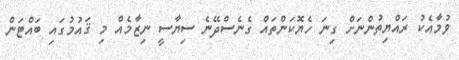
ވުމާއެކު ރައްޔިތުންނަށް ގިނަ ހެޔޮކަންތައް ގެނެސްދޭނެ ސިޔާސީ ނިޒާމެއް މި ޤައުމުގައި ބައްޓަން